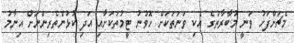
މެޗަށްފަހު ވަނީ މުބާރާތުގެ އެކި ވަނަތަކަށް ހޮވުނު ޓީމުތަކަށާއި އަދި ކުޅުންތެރިންނަށް އިނާމު